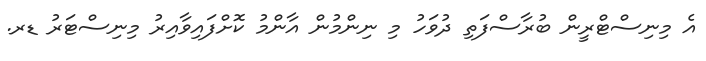
އެ މިނިސްޓްރީން ބުރާސްފަތި ދުވަހު މި ނިންމުން އާންމު ކޮށްފައިވާއިރު މިނިސްޓަރު ޑރ.